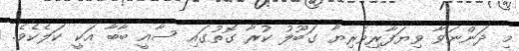
މި ދަންނަވާ ވިޔަފާރިވެރިޔާ ގަބޫލު ކުރާ ގޮތުގައި ސާއީ ބާބާ އަކީ ކަލެކެވެ.